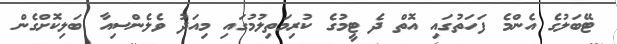
ޓޭބަލުގެ އެންމެ ފަހަތުގައި އޮތް ދެ ޓީމުގެ ކުރިމަތިލުމުގައި މިއަދު ވެލެންސިއާ ބަލިކޮށްގެން